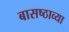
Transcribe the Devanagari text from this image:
बासष्ठाव्या